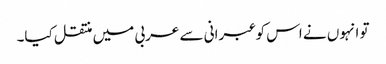
تو انہوں نے اس کو عبرانی سے عربی میں منتقل کیا۔